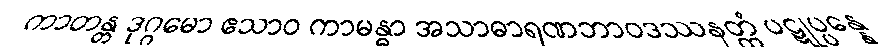
ကာတန္တ ဒုဂ္ဂမော ဧသာဝ ကာမန္ဓာ အသာဓာရဏဘာဝဒဿနတ္ထံ ပဋုပ္ပန္နေ